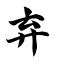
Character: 弃